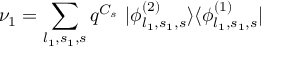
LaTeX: \nu _ { 1 } = \sum _ { l _ { 1 } , s _ { 1 } , s } q ^ { C _ { s } } ~ | \phi _ { l _ { 1 } , s _ { 1 } , s } ^ { ( 2 ) } \rangle \langle \phi _ { l _ { 1 } , s _ { 1 } , s } ^ { ( 1 ) } |